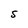
Character: S